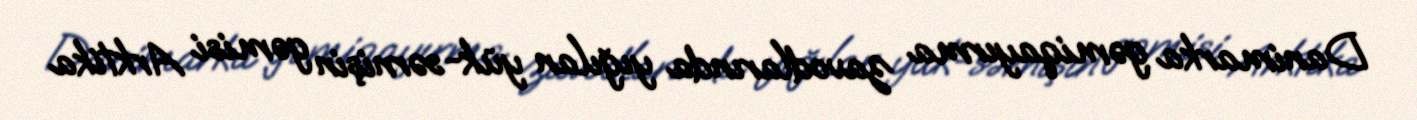
Danimarka gəmiqayırma zavodlarında yığılan yük-sərnişin gəmisi Arktika